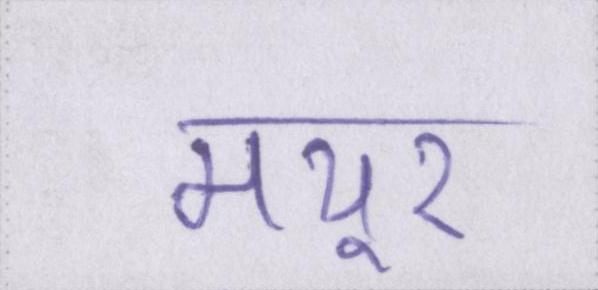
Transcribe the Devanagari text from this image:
मयूर